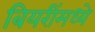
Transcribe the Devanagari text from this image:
बियरींमध्ये